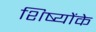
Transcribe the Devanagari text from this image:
शिष्योंके